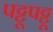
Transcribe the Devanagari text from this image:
पट्टूपट्टू